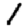
Digit: 1